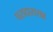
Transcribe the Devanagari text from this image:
घरादारासह